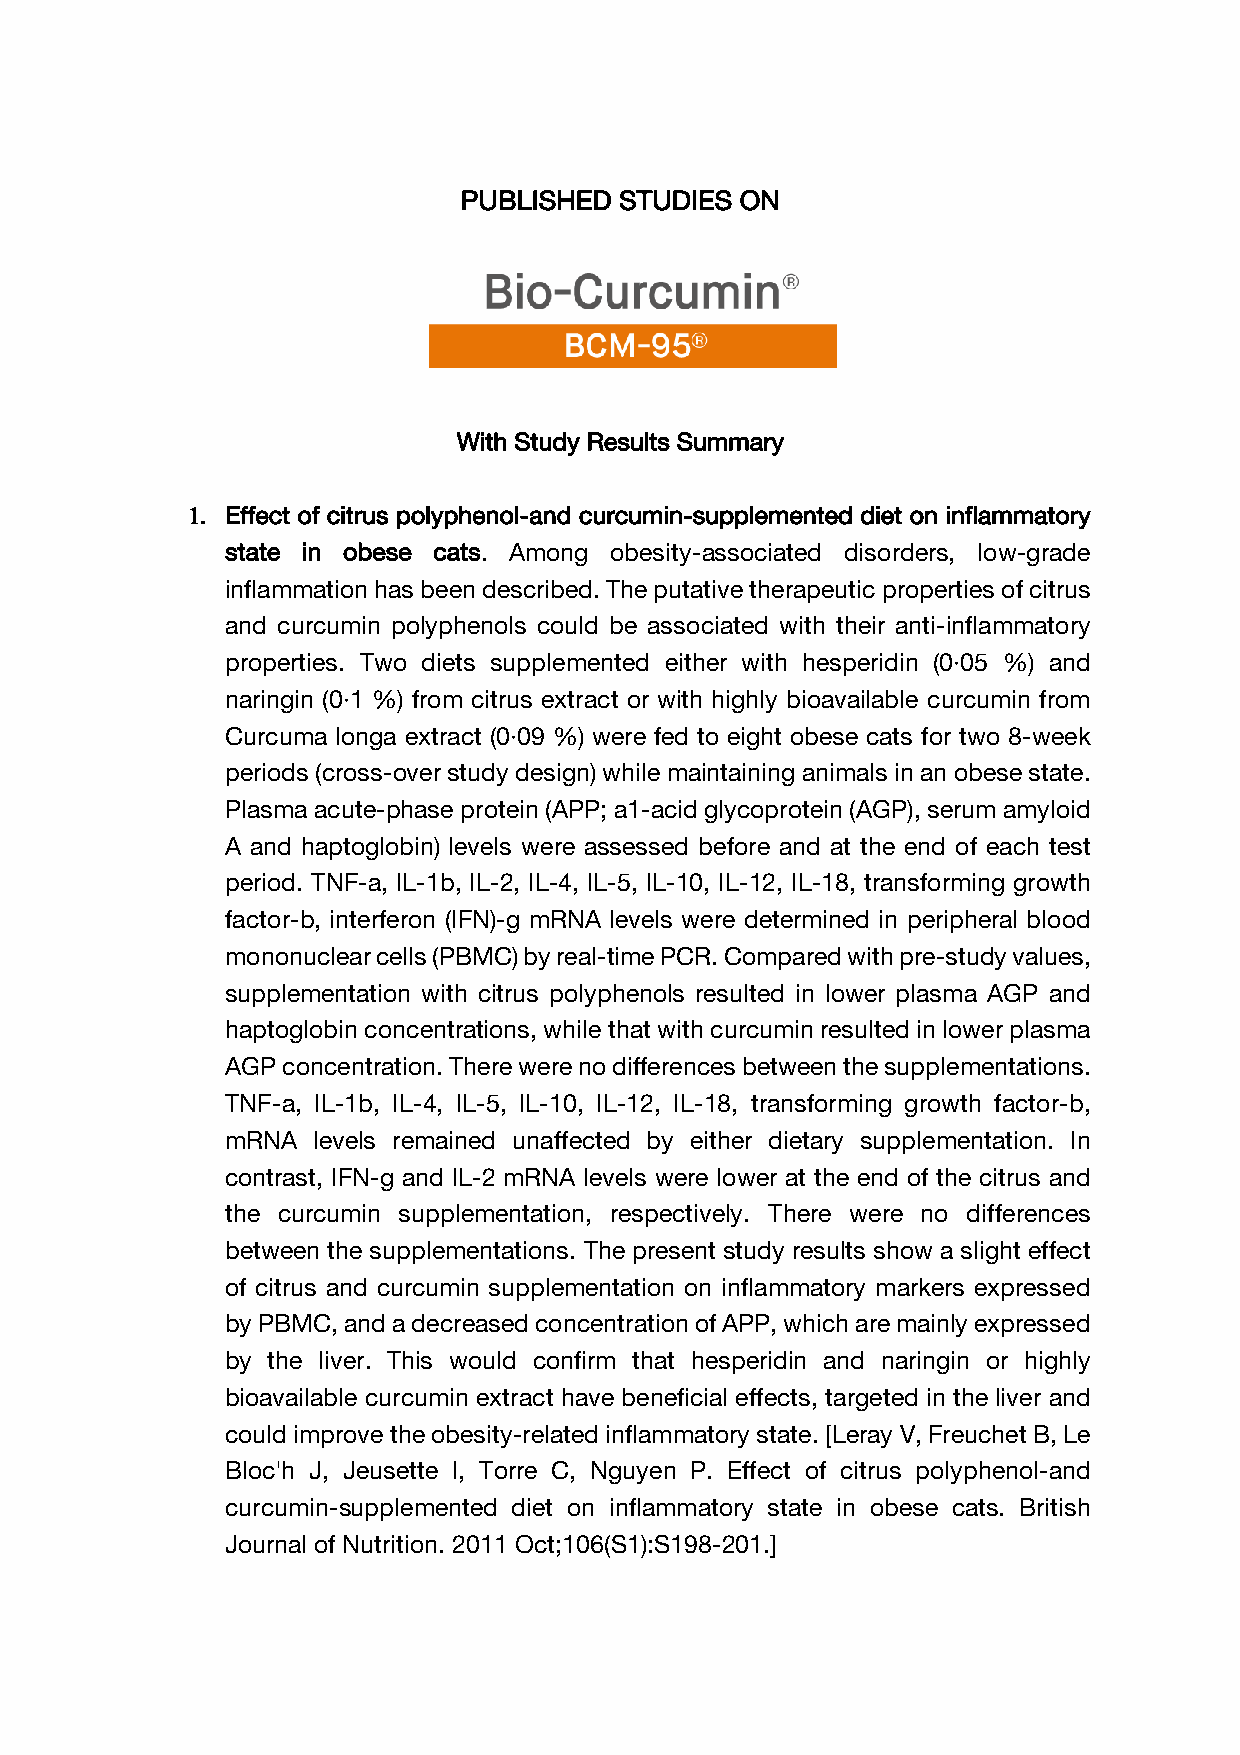
PUBLISHED  STUDIES ON
 With Study Results Summary
 1. Effect of citrus polyphenol-and curcumin-supplemented diet on inflammatory
 state in obese cats. Among obesity-associated disorders, low-grade
 inflammation has been described. The putative therapeutic properties of citrus
 and curcumin polyphenols could be associated with their anti-inflammatory
 properties. Two diets supplemented either with hesperidin (0·05 %) and
 naringin (0·1 %) from citrus extract or with highly bioavailable curcumin from
 Curcuma longa extract (0·09 %) were fed to eight obese cats for two 8-week
 periods (cross-over study design) while maintaining animals in an obese state.
 Plasma acute-phase protein (APP; a1-acid glycoprotein (AGP), serum amyloid
 A and haptoglobin) levels were assessed before and at the end of each test
 period. TNF-a, IL-1b, IL-2, IL-4, IL-5, IL-10, IL-12, IL-18, transforming growth
 factor-b, interferon (IFN)-g mRNA levels were determined in peripheral blood
 mononuclear cells (PBMC) by real-time PCR. Compared with pre-study values,
 supplementation with citrus polyphenols resulted in lower plasma AGP and
 haptoglobin concentrations, while that with curcumin resulted in lower plasma
 AGP concentration. There were no differences between the supplementations.
 TNF-a, IL-1b, IL-4, IL-5, IL-10, IL-12, IL-18, transforming growth factor-b,
 mRNA  levels remained unaffected by either dietary supplementation. In
 contrast, IFN-g and IL-2 mRNA levels were lower at the end of the citrus and
 the curcumin supplementation, respectively. There were no differences
 between the supplementations. The present study results show a slight effect
 of citrus and curcumin supplementation on inflammatory markers expressed
 by PBMC, and a decreased concentration of APP, which are mainly expressed
 by the liver. This would confirm that hesperidin and naringin or highly
 bioavailable curcumin extract have beneficial effects, targeted in the liver and
 could improve the obesity-related inflammatory state. [Leray V, Freuchet B, Le
 Bloc'h J, Jeusette I, Torre C, Nguyen P. Effect of citrus polyphenol-and
 curcumin-supplemented diet on inflammatory state in obese cats. British
 Journal of Nutrition. 2011 Oct;106(S1):S198-201.]